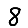
Digit: 8